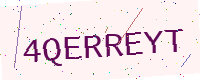
Text: 4QERREYT